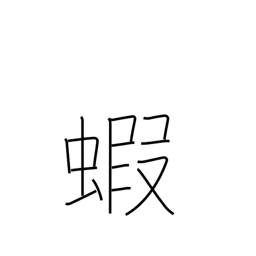
Meaning: prawn